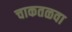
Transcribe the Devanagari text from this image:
चाकतळवा